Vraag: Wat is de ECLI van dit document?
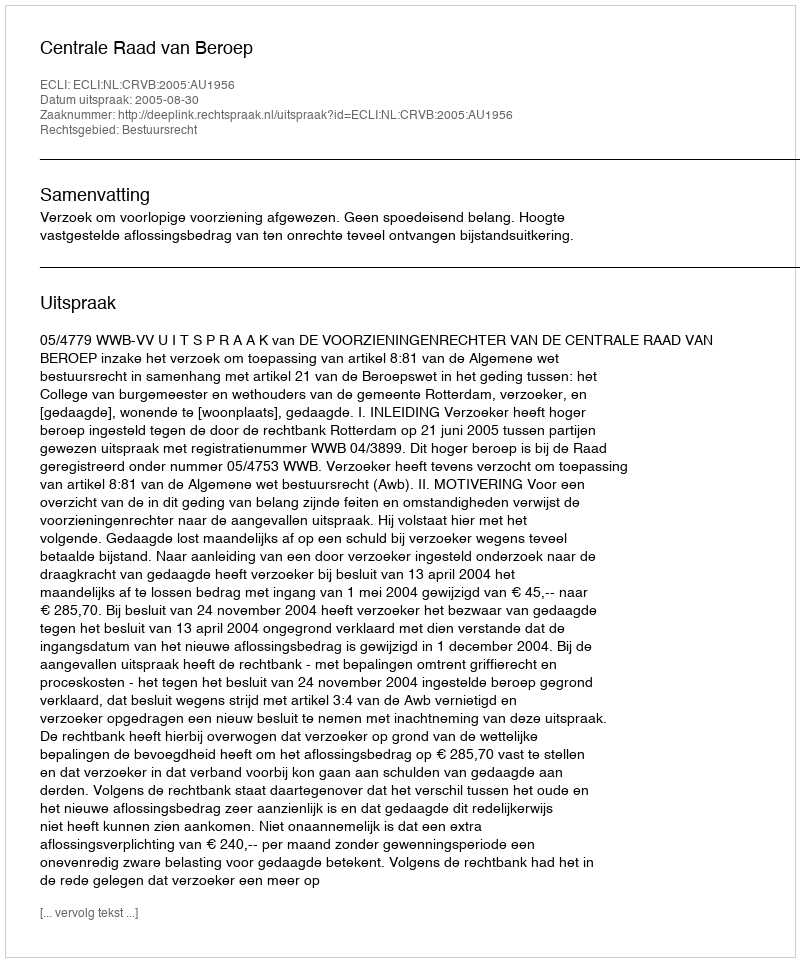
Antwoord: ECLI:NL:CRVB:2005:AU1956